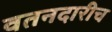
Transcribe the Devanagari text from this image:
वतनदारीच